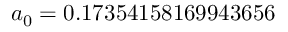
a _ { 0 } = 0 . 1 7 3 5 4 1 5 8 1 6 9 9 4 3 6 5 6